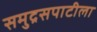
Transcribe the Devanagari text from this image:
समुद्रसपाटीला